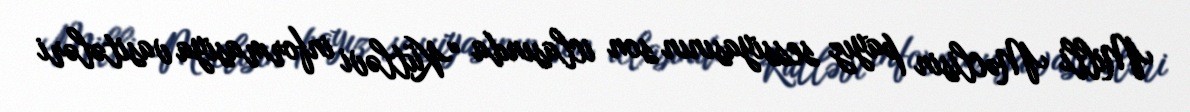
Milli Məclisin payız sessiyasının son iclasında “Kütləvi informasiya vasitələri